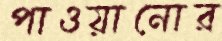
পাওয়ানোর